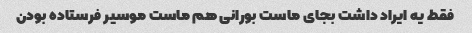
فقط یه ایراد داشت بجای ماست بورانی هم ماست موسیر فرستاده بودن